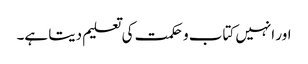
اور انہیں کتاب و حکمت کی تعلیم دیتا ہے۔